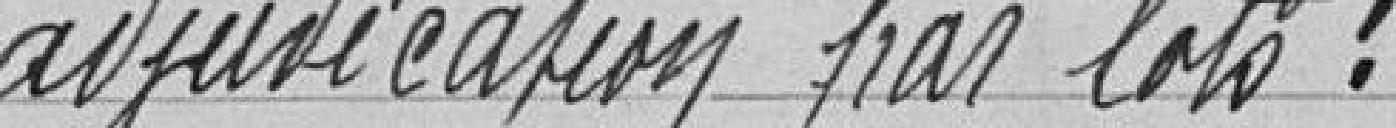
adjudication par lots :